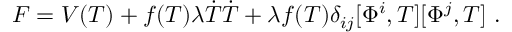
F = V ( T ) + f ( T ) \lambda \dot { T } \dot { T } + \lambda f ( T ) \delta _ { i j } [ \Phi ^ { i } , T ] [ \Phi ^ { j } , T ] \ .